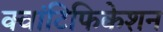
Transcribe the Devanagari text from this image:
क्वांटिफिकेशन